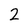
Character: 2